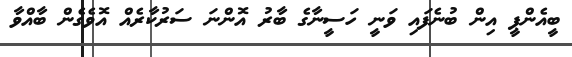
ބީއެންޕީ އިން ބުނެފައި ވަނީ ހަސީނާގެ ބާރު އޮންނަ ސަރުކާރެއް އޮވެގެން ބާއްވާ